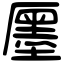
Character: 㕓